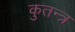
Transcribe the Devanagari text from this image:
कुतन्त्र